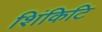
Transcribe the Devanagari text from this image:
शिंकिटि